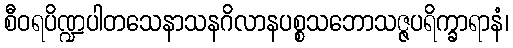
စီဝရပိဏ္ဍပါတသေနာသနဂိလာနပစ္စသဘောသဇ္ဇပရိက္ခာရာနံ၊